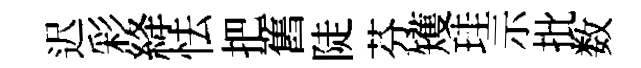
迟彩絳怯把舊陡芬矱珪示批数